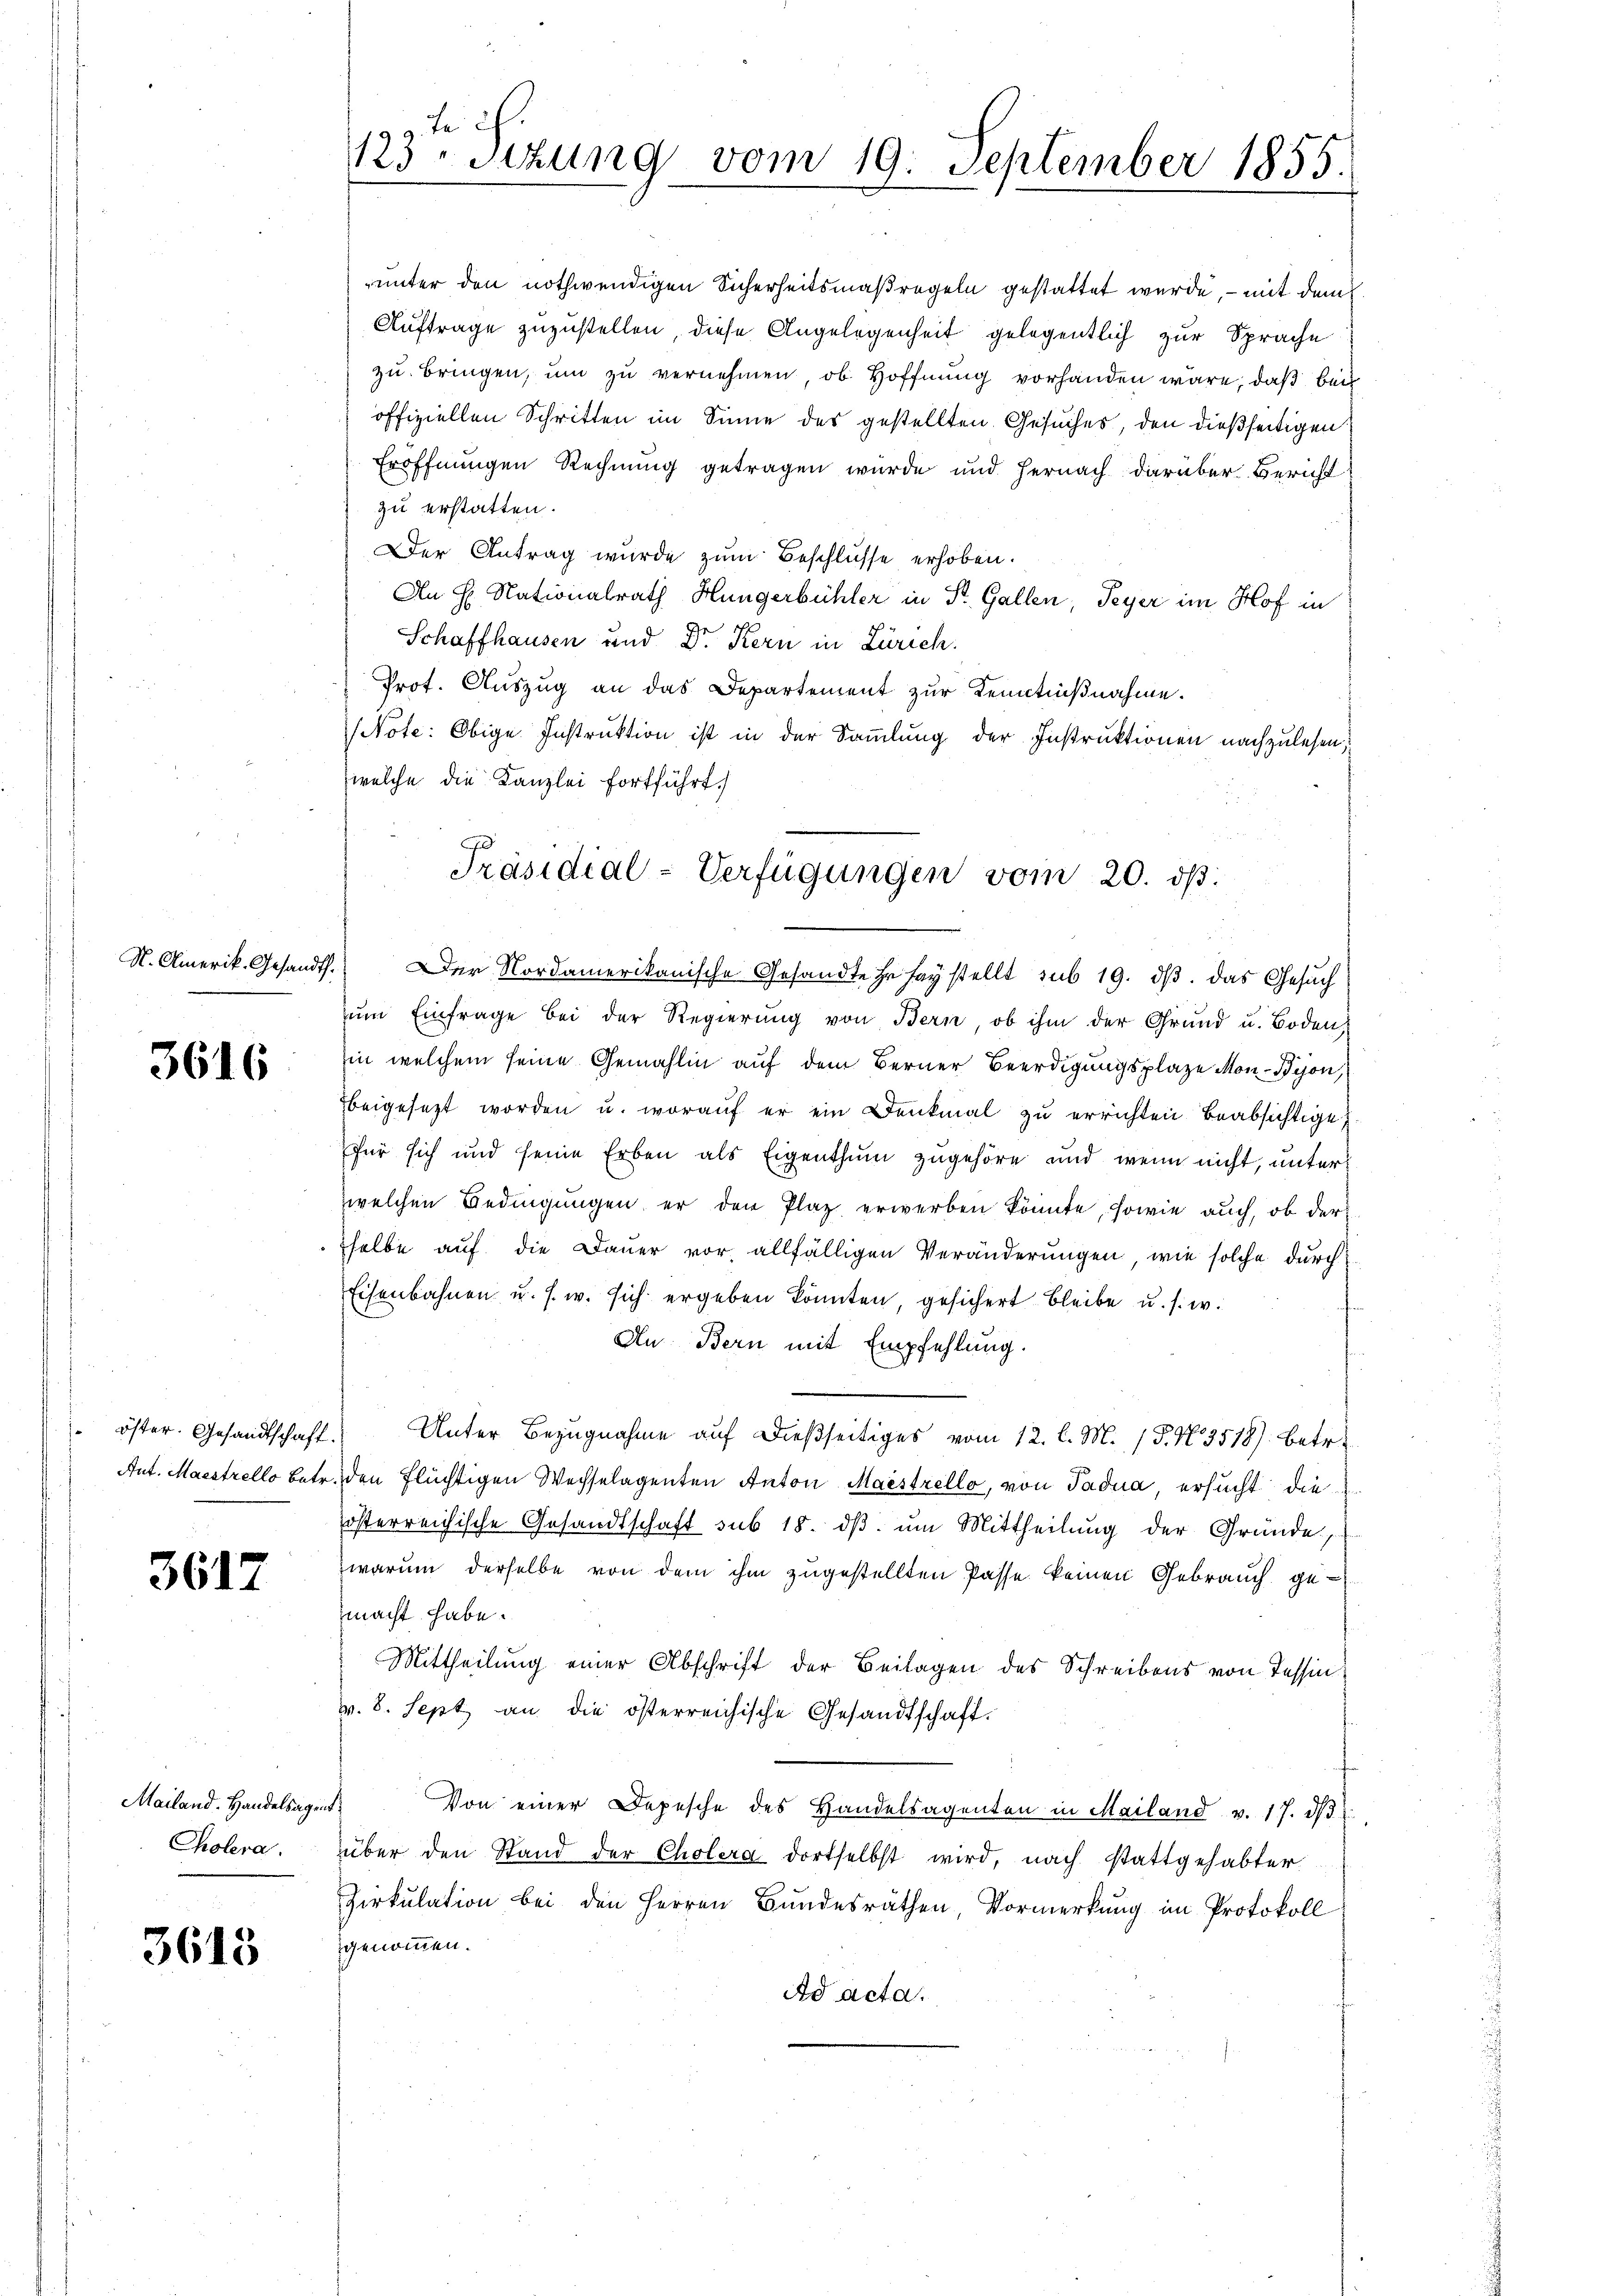
3616

3617

Mailand. Handelsagent
Cholera.

3613

te
123. Sitzung vom 19. September 1855.

unter den nothwendigen Sicherheitsmaßregeln gestattet wurde, – mit dem
Auftrage zuzustellen, diese Angelegenheit gelegentlich zur Sprache
zu bringen, um zu vernehmen, ob Hoffnung vorhanden wäre, daß bei
offiziellen Schritten im Sinne des gestellten Gesuches, den dießseitigen
Eröffnungen Rechnung getragen würde und hernach darüber Bericht
zu erstatten.
Der Antrag wurde zum Beschlüsse erhoben.
An H. Nationalrath Hungerbühler in St. Gallen, Peyer im Hof in
Schaffhausen und Dr. Kern in Zürich.
Prot. Auszug an das Departement zur Kenntnißnahme.
NNote: Obige Instruktion ist in der Sammlung der Instruktionen nachzulesen,
welche die Kanzlei fortführt.
N. Amerik. Gesandt. Der Nordamerikanische Gesandte Er sey stellt sub 19. ds. das Gesuch
zŭm Einfrage bei der Regierung von Bern, ob ihm der Grund u. Boden,
in welchem seine Gemahlin auf dem Berner Beerdigungsplaze Mon-Bijon,
beigesetzt worden u. worauf er ein Denkmal zu errichten beabsichtige
für sich und seine Erben als Eigenthum zugehöre und wenn nicht, unterwelchen Bedingungen, er den Plaz erwerben könnte, sowie auch, ob der
selbe auf die Dauer vor, allfälligen Veränderungen, wie solche durch
Eisenbahnen u. s. w. sich ergeben könnten, gesichert bleibe u. s. w.
Au. Bern mit Empfehlung.
 öster. Gesandtschaft. Unter Bezugnahme auf dießseitiges vom 12. l. M. (T. N. 3518) betr.
Ant. Maestrello betr. den Flüchtigen Wechselagenten Anton Maistrello, von Tadua, ersucht dieösterreichische Gesandtschaft sub 18. dβ ŭm Mittheilung der Gründe,
warum derselbe von dem ihm zugestellten Pässe keinen Gebrauch ge-
macht habe.
Mittheilung einer Abschrift der Beilagen des Schreibens von Tessin
v. 8. Sept an die österreichische Gesandtschaft.
Von einer Depesche des Handelsagenten in Mailand v. 17. d
über den Stand der Cholera dortselbst wird, nach stattgehabter
Zirkulation bei den Herren Bundesräthen, Vormerkung im Protokoll
zgenommen.
Ad acta.

Präsidial-Verfügungen vom 20. ds.